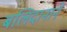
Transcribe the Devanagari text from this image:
बलिदानाने